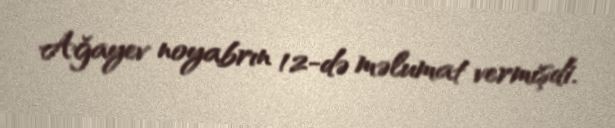
Ağayev noyabrın 12-də məlumat vermişdi.